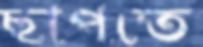
ছাপতে